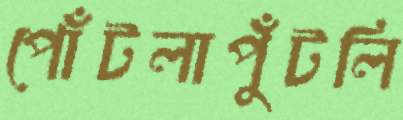
পোঁটলাপুঁটলি